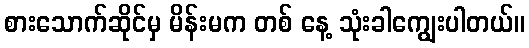
စားသောက်ဆိုင်မှ မိန်းမက တစ် နေ့ သုံးခါကျွေးပါတယ်။